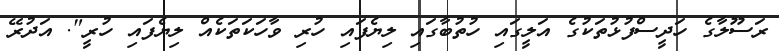
ރަސޫލާގެ ހަދީސްފުޅުތަކުގެ އަލީގައި ހުތުބާގައި ލިޔެފައި ހުރި ވާހަކަތަކެއް ލިޔެފައި ހުރީ". އަދުރޭ